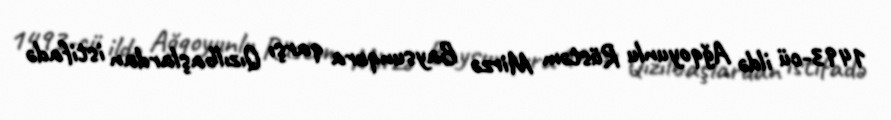
1493-cü ildə Ağqoyunlu Rüstəm Mirzə Baysunqura qarşı Qızılbaşlardan istifadə